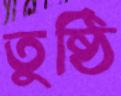
তুষ্ঠি